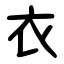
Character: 衣